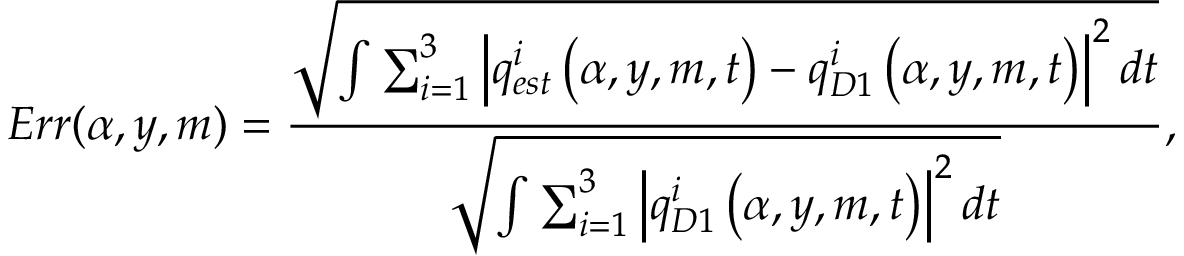
E r r ( \alpha , y , m ) = \frac { \sqrt { \int \sum _ { i = 1 } ^ { 3 } \left| { q _ { e s t } ^ { i } } \left( \alpha , y , m , t \right) - { q _ { D 1 } ^ { i } } \left( \alpha , y , m , t \right) \right| ^ { 2 } d t } } { { \sqrt { \int \sum _ { i = 1 } ^ { 3 } \left| { q _ { D 1 } ^ { i } } \left( \alpha , y , m , t \right) \right| ^ { 2 } d t } } } \mathrm { , }